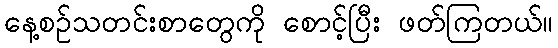
နေ့စဉ်သတင်းစာတွေကို စောင့်ပြီး ဖတ်ကြတယ်။